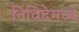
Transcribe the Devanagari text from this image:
निविदेमध्ये